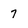
Character: 7